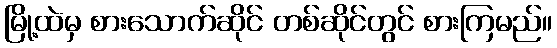
မြို့ထဲမှ စားသောက်ဆိုင် တစ်ဆိုင်တွင် စားကြမည်။